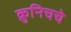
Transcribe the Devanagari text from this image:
क्रुनिचचे